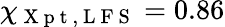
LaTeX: \chi_{\mathrm{~X~p~t~,~L~F~S~}}=0.86